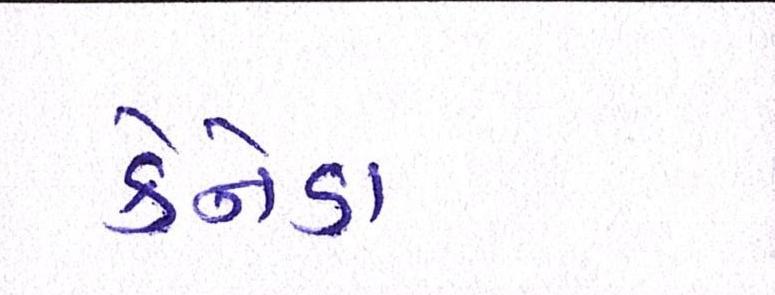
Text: કેનેડા